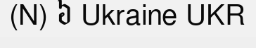
(N) ៦ Ukraine UKR